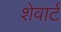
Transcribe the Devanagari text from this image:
शेवार्ट